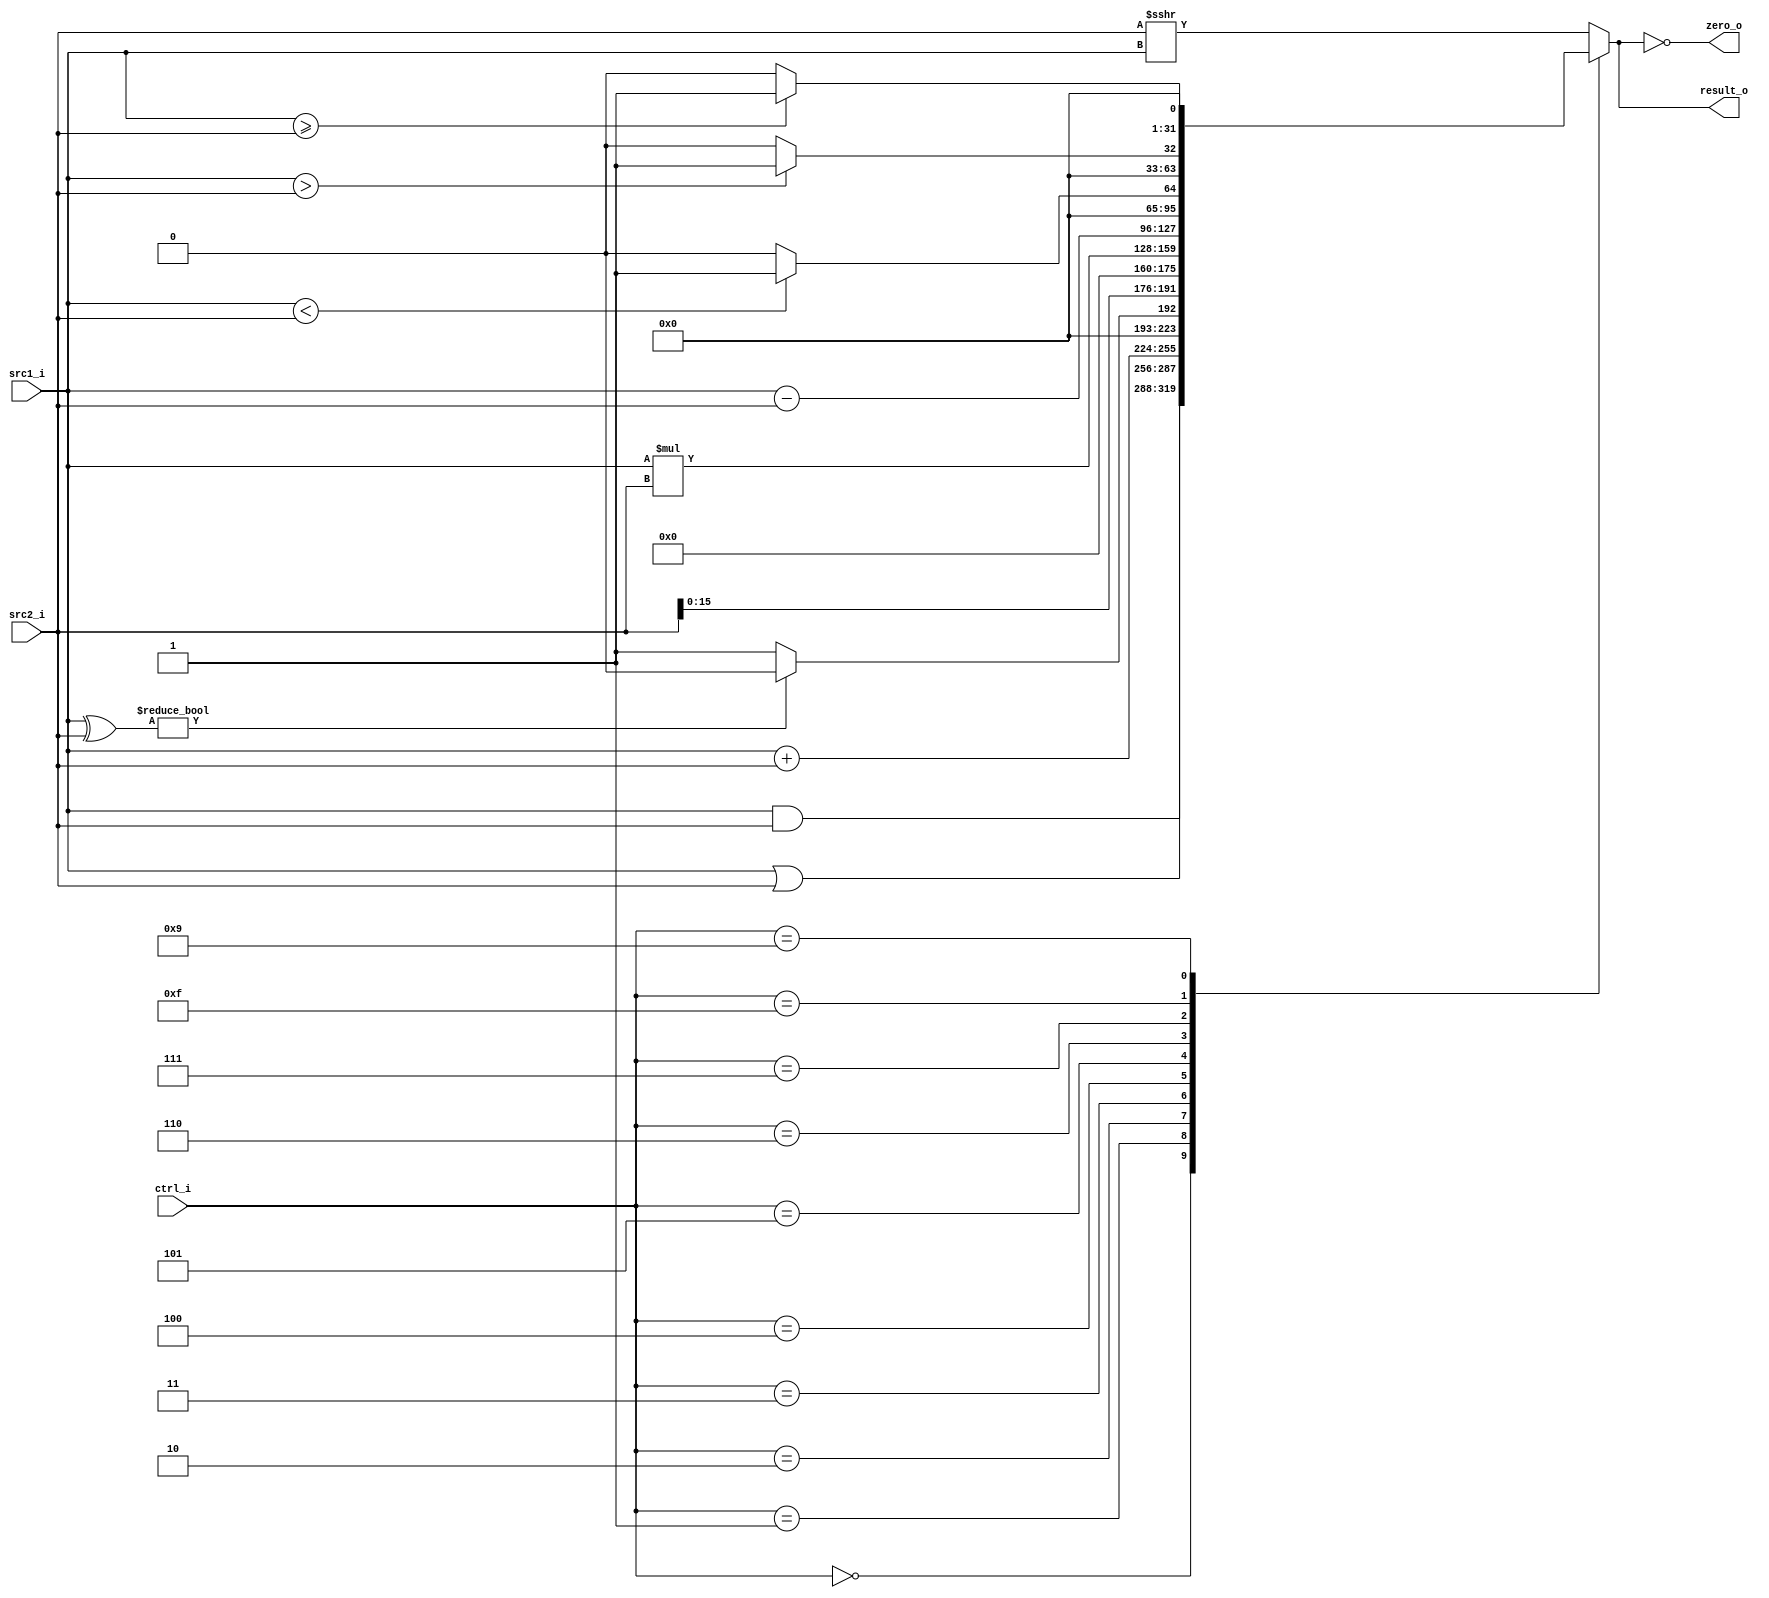
// 0317001_0310511
//Subject:     CO project 4 - ALU
//--------------------------------------------------------------------------------
//Version:     1
//--------------------------------------------------------------------------------
//Writer:      
//----------------------------------------------
//Date:        
//----------------------------------------------
//Description: 
//--------------------------------------------------------------------------------

module ALU(
    src1_i,
    src2_i,
    ctrl_i,
    result_o,
    zero_o
);
     
//I/O ports
input  [32-1:0]  src1_i;
input  [32-1:0]  src2_i;
input  [4-1:0]   ctrl_i;

output [32-1:0]  result_o;
output           zero_o;

//Internal signals
reg    [32-1:0]  result_o;
wire             zero_o;

assign zero_o = (result_o==0);

//Main function
always @(*) begin
    case(ctrl_i[3:0])
        4'b0000: result_o <= src1_i & src2_i;
        4'b0001: result_o <= src1_i | src2_i;
        4'b0010: result_o <= src1_i + src2_i;
        4'b0011: begin
            if( (src1_i ^ src2_i) ) begin
                result_o <= 0;
            end
            else begin
                result_o <= 1;
            end
        end 
        4'b0100: // LUI
            result_o <= (src2_i<<16);
        4'b0101: result_o <= src1_i * src2_i;
        4'b0110: result_o <= src1_i - src2_i;
        4'b0111: begin // slt
                    if( $signed(src1_i)<$signed(src2_i) ) begin
                        result_o <= 1;
                    end
                    else begin
                        result_o <= 0;
                    end
                 end
        4'b1111: begin // set greater than
                    if ( $signed(src1_i)>$signed(src2_i) ) begin
                        result_o <= 1;
                    end
                    else begin
                        result_o <= 0;
                    end
        end
        4'b1001: begin // set greater equal than
                    if ( $signed(src1_i)>=$signed(src2_i) ) begin
                        result_o <= 1;
                    end
                    else begin
                        result_o <= 0;
                    end
        end
        default: // SRA(1000), SRAV(1000)
            result_o <= $signed(src2_i)>>>src1_i;
    endcase
end

endmodule